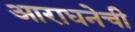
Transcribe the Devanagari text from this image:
आराधनेची